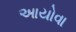
આયોવા